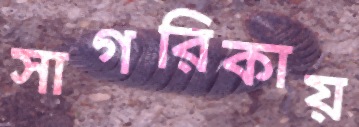
সাগরিকায়